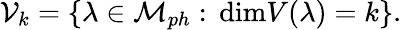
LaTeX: {\cal V}_{k}=\{ \lambda\in{\cal M}_{ph}:\, \mathrm{dim}V(\lambda)=k\} .